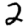
Digit: 2